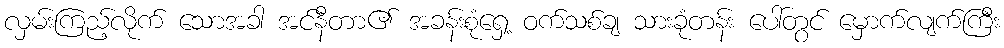
လှမ်းကြည့်လိုက် သောအခါ အင်နီတာ၏ အခန်းစုံရှေ့ ဝက်သစ်ချ သားခုံတန်း ပေါ်တွင် မှောက်လျက်ကြီး